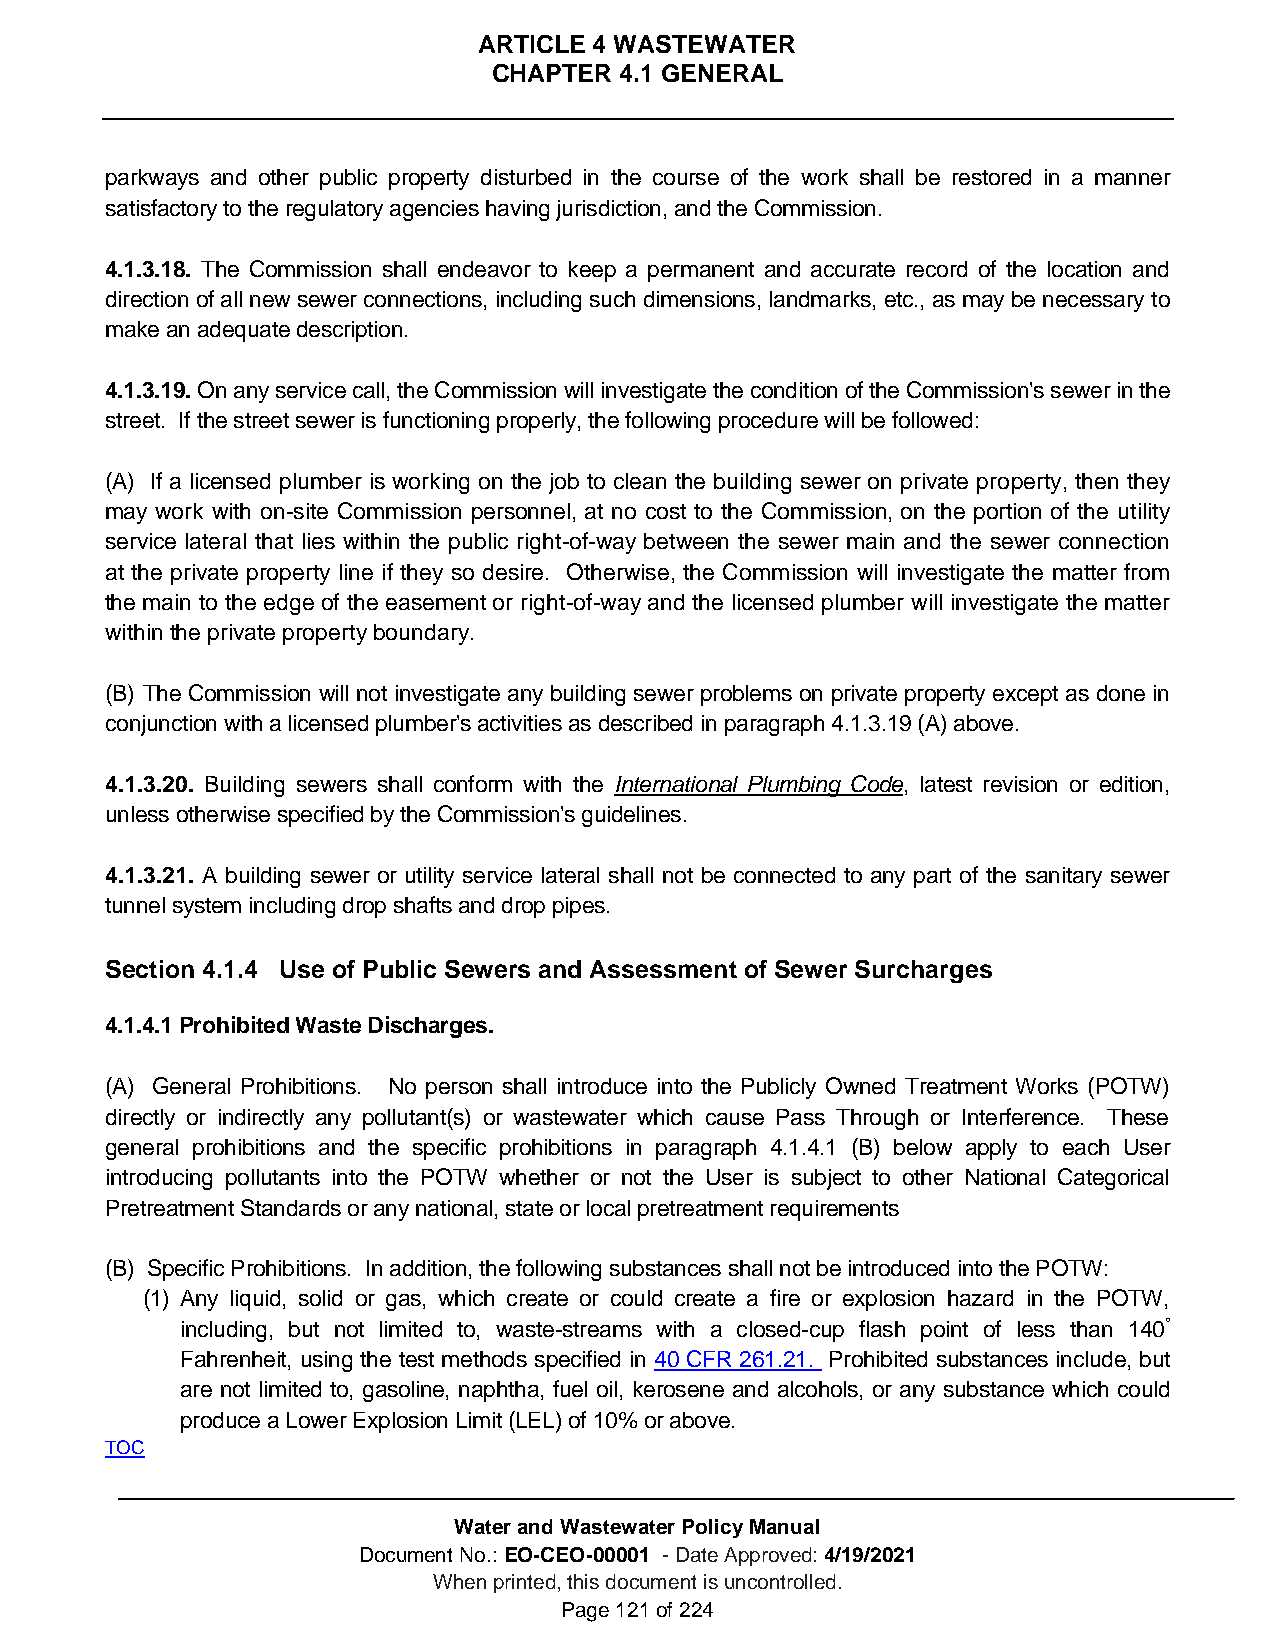
ARTICLE 4 WASTEWATER
 CHAPTER 4.1 GENERAL
 parkways and other public property disturbed in the course of the work shall be restored in a manner
 satisfactory to the regulatory agencies having jurisdiction, and the Commission.
 4.1.3.18. The Commission shall endeavor to keep a permanent and accurate record of the location and
 direction of all new sewer connections, including such dimensions, landmarks, etc., as may be necessary to
 make an adequate description.
 4.1.3.19. On any service call, the Commission will investigate the condition of the Commission's sewer in the
 street. If the street sewer is functioning properly, the following procedure will be followed:
 (A) If a licensed plumber is working on the job to clean the building sewer on private property, then they
 may work with on-site Commission personnel, at no cost to the Commission, on the portion of the utility
 service lateral that lies within the public right-of-way between the sewer main and the sewer connection
 at the private property line if they so desire. Otherwise, the Commission will investigate the matter from
 the main to the edge of the easement or right-of-way and the licensed plumber will investigate the matter
 within the private property boundary.
 (B) The Commission will not investigate any building sewer problems on private property except as done in
 conjunction with a licensed plumber's activities as described in paragraph 4.1.3.19 (A) above.
 4.1.3.20. Building sewers shall conform with the International Plumbing Code, latest revision or edition,
 unless otherwise specified by the Commission's guidelines.
 4.1.3.21. A building sewer or utility service lateral shall not be connected to any part of the sanitary sewer
 tunnel system including drop shafts and drop pipes.
 Section 4.1.4 Use of Public Sewers and Assessment of Sewer Surcharges
 4.1.4.1 Prohibited Waste Discharges.
 (A) General Prohibitions. No person shall introduce into the Publicly Owned Treatment Works (POTW)
 directly or indirectly any pollutant(s) or wastewater which cause Pass Through or Interference. These
 general prohibitions and the specific prohibitions in paragraph 4.1.4.1 (B) below apply to each User
 introducing pollutants into the POTW whether or not the User is subject to other National Categorical
 Pretreatment Standards or any national, state or local pretreatment requirements
 (B) Specific Prohibitions. In addition, the following substances shall not be introduced into the POTW:
 (1) Any liquid, solid or gas, which create or could create a fire or explosion hazard in the POTW,
 including, but not limited to, waste-streams with a closed-cup flash point of less than 140°
 Fahrenheit, using the test methods specified in 40 CFR 261.21. Prohibited substances include, but
 are not limited to, gasoline, naphtha, fuel oil, kerosene and alcohols, or any substance which could
 produce a Lower Explosion Limit (LEL) of 10% or above.
 TOC
 Water and Wastewater Policy Manual
 Document No.: EO-CEO-00001 - Date Approved: 4/19/2021
 When printed, this document is uncontrolled.
 Page 121 of 224